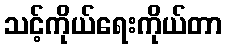
သင့်ကိုယ်ရေးကိုယ်တာ